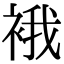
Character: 𧚄